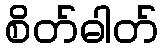
စိတ်ဓါတ်